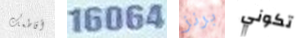
أقاطعك 16064 برنز تكوني